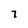
Character: 7